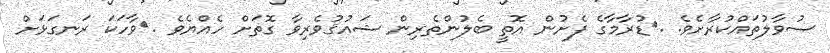
ސުވާލުތައްކުރާށެވެ. .	ޑުރާމާގެ ފެށުން އޮތީ ބެލުންތެރިން ޝައުޤުވެރިވާ ގޮތަށް ހެއްޔެވެ .	ވާހަކަ ރަނގަޅަށް